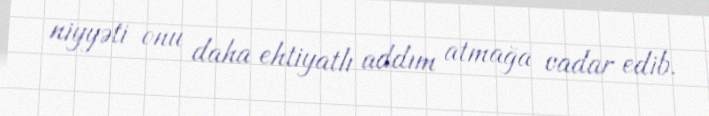
niyyəti onu daha ehtiyatlı addım atmağa vadar edib.